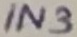
Text: IN3